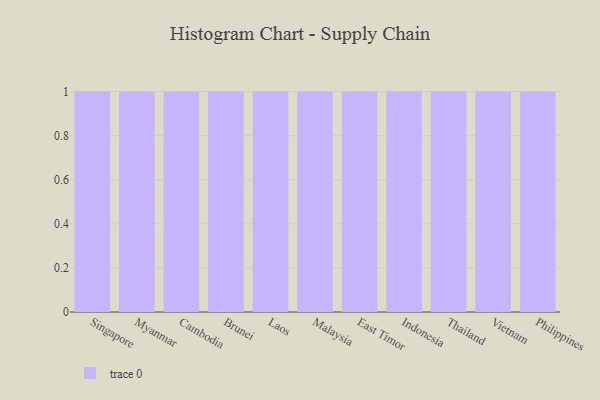
{"axis": {"x": "Country", "y": "Budget (USD K)"}, "legend": [""], "data": [{"x": "Singapore", "y": 69, "type": ""}, {"x": "Myanmar", "y": 36, "type": ""}, {"x": "Cambodia", "y": 58, "type": ""}, {"x": "Brunei", "y": 73, "type": ""}, {"x": "Laos", "y": 32, "type": ""}, {"x": "Malaysia", "y": 45, "type": ""}, {"x": "East Timor", "y": 3, "type": ""}, {"x": "Indonesia", "y": 75, "type": ""}, {"x": "Thailand", "y": 69, "type": ""}, {"x": "Vietnam", "y": 89, "type": ""}, {"x": "Philippines", "y": 35, "type": ""}]}